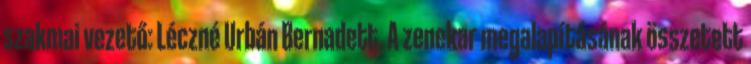
szakmai vezető: Léczné Urbán Bernadett. A zenekar megalapításának összetett